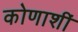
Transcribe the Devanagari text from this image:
कोणाशीं